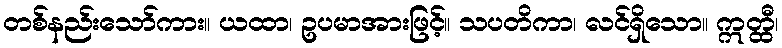
တစ်နည်းသော်ကား။ ယထာ၊ ဥပမာအားဖြင့်။ သပတိကာ၊ လင်ရှိသော။ ဣတ္ထီ၊